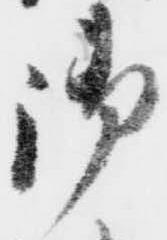
御